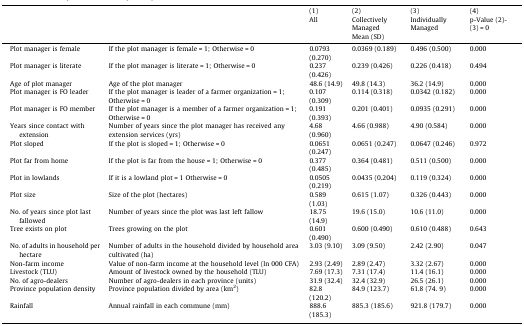
<table><thead><tr><td></td><td></td><td><b>(1)</b></td><td><b>(2)</b></td><td><b>(3)</b></td><td><b>(4)</b></td></tr><tr><td></td><td></td><td><b>All</b></td><td><b>Collectively Managed</b></td><td><b>Individually Managed</b></td><td><b>p-Value (2)-(3) = 0</b></td></tr><tr><td></td><td></td><td></td><td><b>Mean (SD)</b></td><td></td><td></td></tr></thead><tbody><tr><td>Plot manager is female</td><td>If the plot manager is female = 1; Otherwise = 0</td><td>0.0793 (0.270)</td><td>0.0369 (0.189)</td><td>0.496 (0.500)</td><td>0.000</td></tr><tr><td>Plot manager is literate</td><td>If the plot manager is literate = 1; Otherwise = 0</td><td>0.237 (0.426)</td><td>0.239 (0.426)</td><td>0.226 (0.418)</td><td>0.494</td></tr><tr><td>Age of plot manager</td><td>Age of the plot manager</td><td>48.6 (14.9)</td><td>49.8 (14.3)</td><td>36.2 (14.9)</td><td>0.000</td></tr><tr><td>Plot manager is FO leader</td><td>If the plot manager is leader of a farmer organization = 1; Otherwise = 0</td><td>0.107 (0.309)</td><td>0.114 (0.318)</td><td>0.0342 (0.182)</td><td>0.000</td></tr><tr><td>Plot manager is FO member</td><td>If the plot manager is a member of a farmer organization = 1; Otherwise = 0</td><td>0.191 (0.393)</td><td>0.201 (0.401)</td><td>0.0935 (0.291)</td><td>0.000</td></tr><tr><td>Years since contact with extension</td><td>Number of years since the plot manager has received any extension services (yrs)</td><td>4.68 (0.960)</td><td>4.66 (0.988)</td><td>4.90 (0.584)</td><td>0.000</td></tr><tr><td>Plot sloped</td><td>If the plot is sloped = 1; Otherwise = 0</td><td>0.0651 (0.247)</td><td>0.0651 (0.247)</td><td>0.0647 (0.246)</td><td>0.972</td></tr><tr><td>Plot far from home</td><td>If the plot is far from the house = 1; Otherwise = 0</td><td>0.377 (0.485)</td><td>0.364 (0.481)</td><td>0.511 (0.500)</td><td>0.000</td></tr><tr><td>Plot in lowlands</td><td>If it is a lowland plot = 1 Otherwise = 0</td><td>0.0505 (0.219)</td><td>0.0435 (0.204)</td><td>0.119 (0.324)</td><td>0.000</td></tr><tr><td>Plot size</td><td>Size of the plot (hectares)</td><td>0.589 (1.03)</td><td>0.615 (1.07)</td><td>0.326 (0.443)</td><td>0.000</td></tr><tr><td>No. of years since plot last fallowed</td><td>Number of years since the plot was last left fallow</td><td>18.75 (14.9)</td><td>19.6 (15.0)</td><td>10.6 (11.0)</td><td>0.000</td></tr><tr><td>Tree exists on plot</td><td>Trees growing on the plot</td><td>0.601 (0.490)</td><td>0.600 (0.490)</td><td>0.610 (0.488)</td><td>0.643</td></tr><tr><td>No. of adults in household per hectare</td><td>Number of adults in the household divided by household area cultivated (ha)</td><td>3.03 (9.10)</td><td>3.09 (9.50)</td><td>2.42 (2.90)</td><td>0.047</td></tr><tr><td>Non-farm income</td><td>Value of non-farm income at the household level (ln 000 CFA)</td><td>2.93 (2.49)</td><td>2.89 (2.47)</td><td>3.32 (2.67)</td><td>0.000</td></tr><tr><td>Livestock (TLU)</td><td>Amount of livestock owned by the household (TLU)</td><td>7.69 (17.3)</td><td>7.31 (17.4)</td><td>11.4 (16.1)</td><td>0.000</td></tr><tr><td>No. of agro-dealers</td><td>Number of agro-dealers in each province (units)</td><td>31.9 (32.4)</td><td>32.4 (32.9)</td><td>26.5 (26.1)</td><td>0.000</td></tr><tr><td>Province population density</td><td>Province population divided by area (km<sup>2</sup>)</td><td>82.8 (120.2)</td><td>84.9 (123.7)</td><td>61.8 (74. 9)</td><td>0.000</td></tr><tr><td>Rainfall</td><td>Annual rainfall in each commune (mm)</td><td>888.6 (185.3)</td><td>885.3 (185.6)</td><td>921.8 (179.7)</td><td>0.000</td></tr></tbody></table>